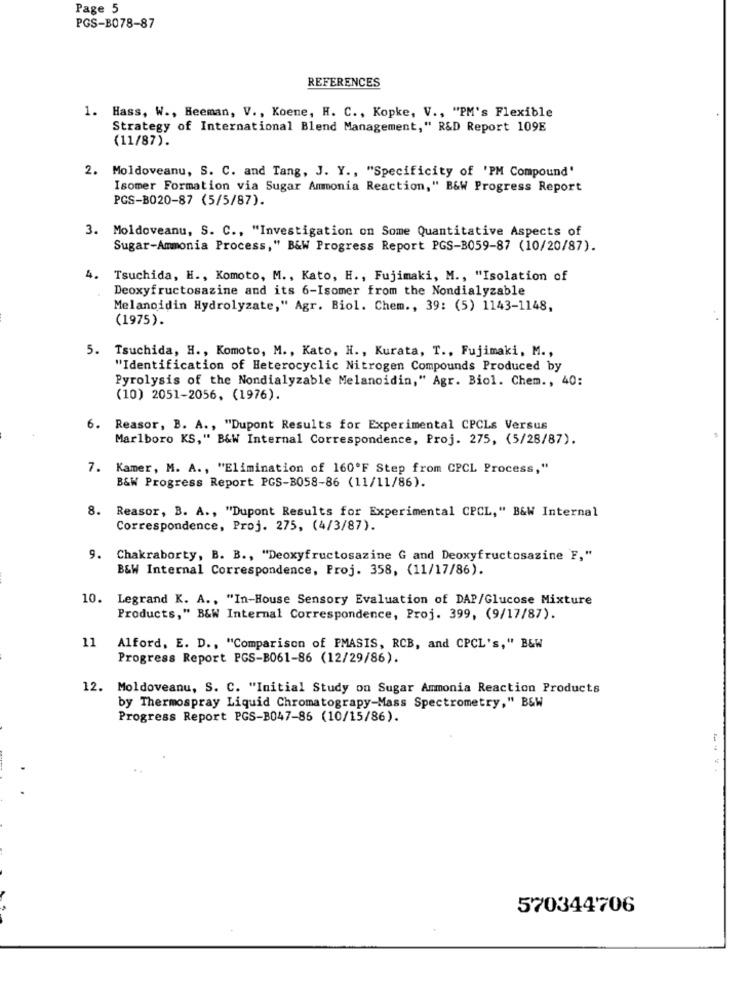
Page 5
PGS-B078-87
REFERENCES
1. Hass, W ., Heeman, V ., Koene, H. C ., Kopke, V ., "PM's Flexible
Strategy of International Blend Management," R&D Report 109E
(11/87).
2. Moldoveanu, S. C. and Tang, J. Y ., "Specificity of 'PM Compound'
Isomer Formation via Sugar Ammonia Reaction," B&W Progress Report
PGS-B020-87 (5/5/87).
3. Moldoveanu, S. C ., "Investigation on Some Quantitative Aspects of
Sugar-Ammonia Process," B&W Progress Report PGS-B059-87 (10/20/87).
4. Tsuchida, H ., Komoto, M ., Kato, H ., Fujimaki, M ., "Isolation of
Deoxyfructosazine and its 6-Isomer from the Nondialyzable
Melanoidin Hydrolyzate," Agr. Biol. Chem ., 39: (5) 1143-1148,
(1975).
5. Tsuchida, H ., Komoto, M ., Kato, H ., Kurata, T ., Fujimaki, M .,
"Identification of Heterocyclic Nitrogen Compounds Produced by
Pyrolysis of the Nondialyzable Melanoidin," Agr. Biol. Chem ., 40:
(10) 2051-2056, (1976).
Reasor, B. A ., "Dupont Results for Experimental CPCLs Versus
Marlboro KS," B&W Internal Correspondence, Proj. 275, (5/28/87).
7. Kamer, M. A ., "Elimination of 160ºF Step from CPCL Process,"
B&W Progress Report PGS-B058-86 (11/11/86).
. Reasor, B. A ., "Dupont Results for Experimental CPCL," B&W Internal
Correspondence, Proj. 275, (4/3/87).
9. Chakraborty, B. B ., "Deoxyfructosazine G and Deoxyfructosazine F,"
B&W Internal Correspondence, Proj. 358, (11/17/86).
10.
Legrand K. A ., "In-House Sensory Evaluation of DAP/Glucose Mixture
Products," B&W Internal Correspondence, Proj. 399, (9/17/87).
11
Alford, E. D ., "Comparison of PMASIS, RCB, and CPCL's," B&W
Progress Report PGS-B061-86 (12/29/86).
12.
Moldoveanu, S. C. "Initial Study on Sugar Ammonia Reaction Products
by Thermospray Liquid Chromatograpy-Mass Spectrometry," B&W
Progress Report PGS-B047-86 (10/15/86).
570344706